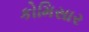
કોમિસાર